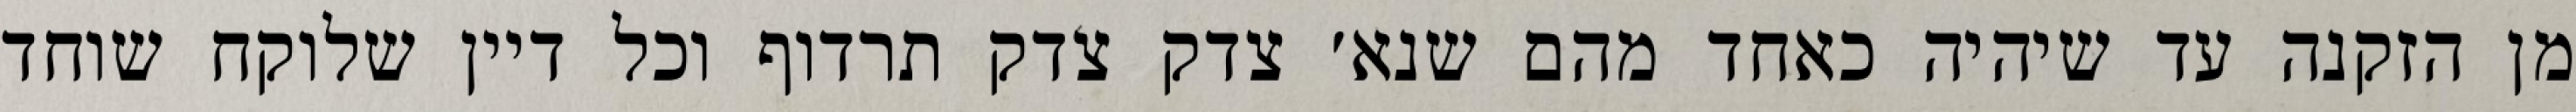
מן הזקנה עד שיהיה כאחד מהם שנא׳ צדק צדק תרדוף וכל דיין שלוקח שוחד